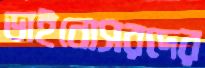
ডাইনোসরদের